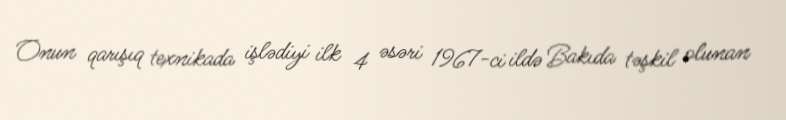
Onun qarışıq texnikada işlədiyi ilk 4 əsəri 1967-ci ildə Bakıda təşkil olunan